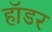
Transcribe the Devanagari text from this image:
हॉडर